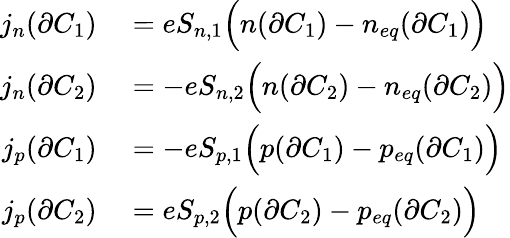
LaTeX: \begin{array}{r}{\begin{array}{rl}{j_{n}(\partial C_{1})}&{{}=eS_{n,1}\Big(n(\partial C_{1})-n_{eq}(\partial C_{1})\Big)}\\ {j_{n}(\partial C_{2})}&{{}=-eS_{n,2}\Big(n(\partial C_{2})-n_{eq}(\partial C_{2})\Big)}\\ {j_{p}(\partial C_{1})}&{{}=-eS_{p,1}\Big(p(\partial C_{1})-p_{eq}(\partial C_{1})\Big)}\\ {j_{p}(\partial C_{2})}&{{}=eS_{p,2}\Big(p(\partial C_{2})-p_{eq}(\partial C_{2})\Big)}\end{array}}\end{array}